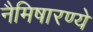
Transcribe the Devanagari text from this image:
नैमिषारण्ये